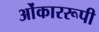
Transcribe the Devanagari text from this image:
ओंकाररूपी